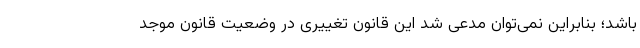
باشد؛ بنابراین نمی‌توان مدعی شد این قانون تغییری در وضعیت قانون موجد